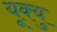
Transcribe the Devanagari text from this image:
यूक्यु